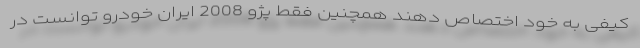
کیفی به خود اختصاص دهند همچنین فقط پژو 2008 ایران خودرو توانست در